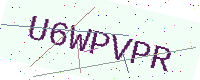
Text: U6WPVPR